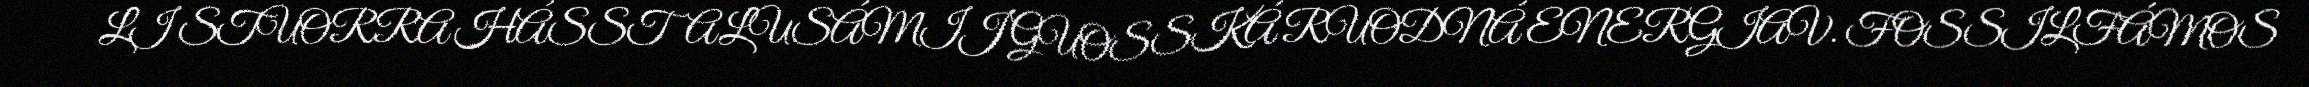
LI STUORRA HÁSSTALUSÁMIJ GUOSSKÁ RUODNÁ ENERGIAV. FOSSILFÁMOS